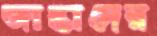
জান্তাদের